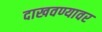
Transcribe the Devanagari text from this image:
दाखवण्यावर